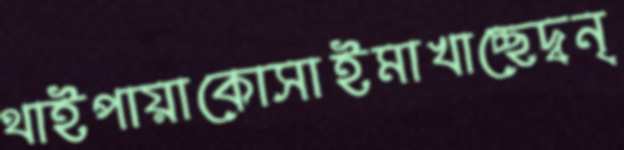
থাইপায়াকোসাইমাখাচ্ছেদ্বন্